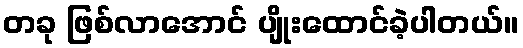
တခု ဖြစ်လာအောင် ပျိုးထောင်ခဲ့ပါတယ်။